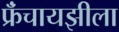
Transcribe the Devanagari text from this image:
फ्रॅंचायझीला